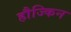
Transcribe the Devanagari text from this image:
हौज्किन